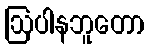
ဩပါနဘူတော